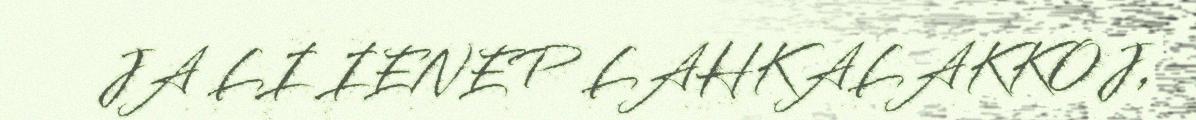
JA LI IENEP LAHKALAKKOJ,